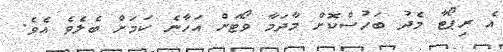
އެ ރިޕޯޓާ މެދު ބަހުސްކޮށް މާދަމާ ވޯޓަށް އަހާނެ ކަމަށް ބެލެވެ އެވެ.